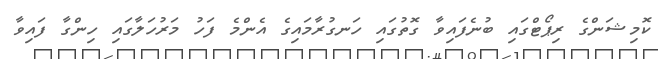
ކޮމިޝަންގެ ރިޕޯޓްގައި ބުނެފައިވާ ގޮތުގައި ހަނގުރާމައިގެ އެންމެ ފަހު މަރުހަލާގައި ހިންގާ ފައިވާ